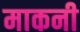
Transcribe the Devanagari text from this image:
माकनी